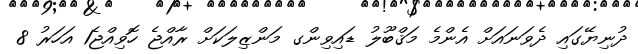
ދުނިޔޭގައި ދެވަނައަށް އެންމެ މަޤްބޫލު ޑައިވިންގ މަންޒިލަކަށް ރާއްޖެ ހޮވިއްޖެ1 އަހަރު 8